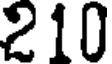
210